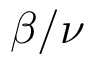
\beta / \nu